NAE_EAOK_eestikeelsed_sunnimeetrikad, lk 68
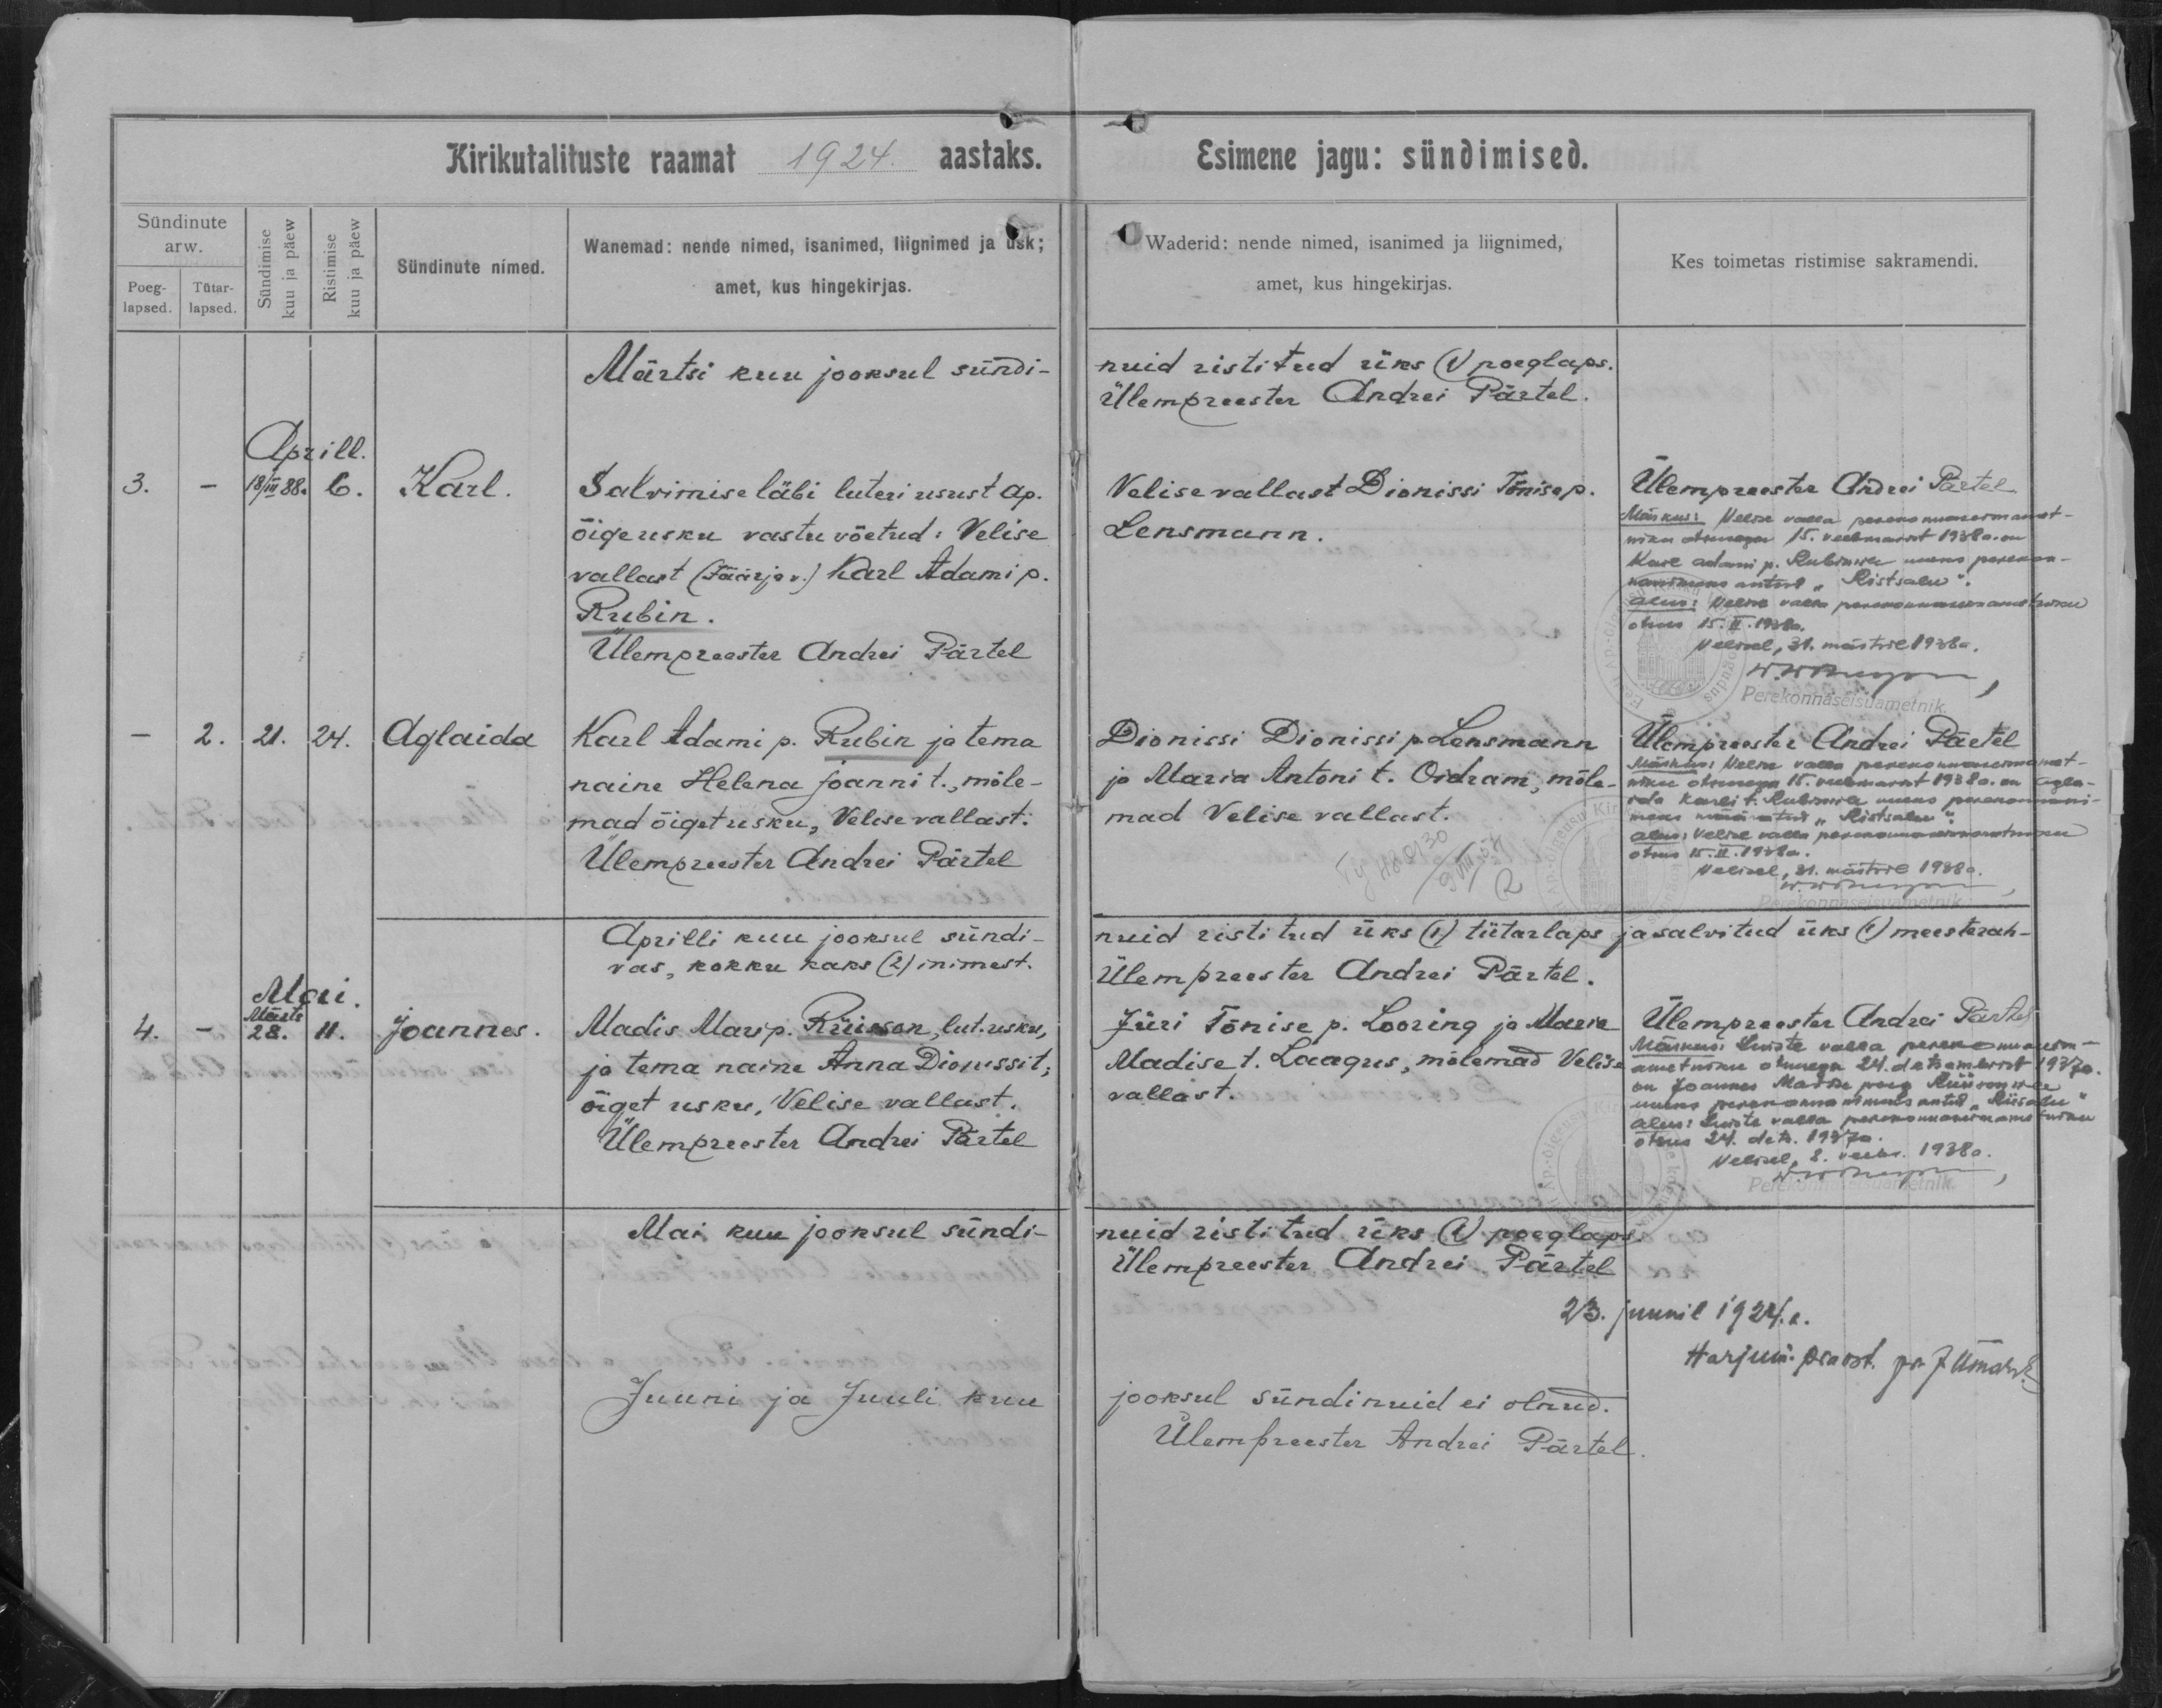
Karl.

Aglaida

Joannes

Salvimise läbi luteri usust ap.
õige usku vastu võetus: Velise
vallast (Jäärja v.) Karl Adami p.
Rubin.

Karl Adami p. Rubin ja tema
naine Helena Joanni t., mõle-
mad õiget usku, Velise vallast.

Madis Mari p. Rüisson, lut. usku,
ja tema naine Anna Dionissi t;
õiget usku, Velise vallast.